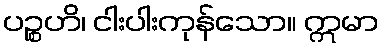
ပဉ္စဟိ၊ ငါးပါးကုန်သော။ ဣမာ